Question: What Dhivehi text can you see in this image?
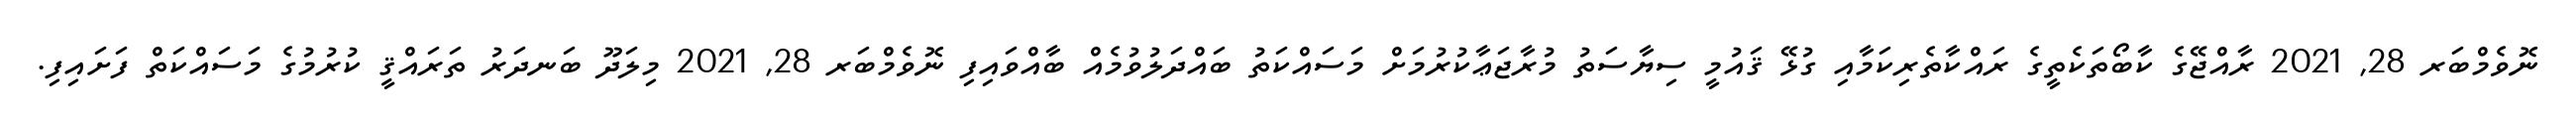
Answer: ނޮވެމްބަރ 28, 2021 ރާއްޖޭގެ ކާބޯތަކެތީގެ ރައްކާތެރިކަމާއި ގުޅޭ ޤައުމީ ސިޔާސަތު މުރާޖަޢާކުރުމަށް މަސައްކަތު ބައްދަލުވުމެއް ބާއްވައިފި ނޮވެމްބަރ 28, 2021 މިލަދޫ ބަނދަރު ތަރައްޤީ ކުރުމުގެ މަސައްކަތް ފަށައިފި.